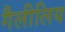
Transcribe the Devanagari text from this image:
गैलीलिय